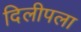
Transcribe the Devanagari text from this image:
दिलीपला